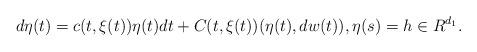
LaTeX: \begin{align*}d\eta(t)= c(t,\xi(t))\eta(t)dt+ C(t,\xi(t))(\eta(t), dw(t)) ,\eta(s)=h\in R^{d_1}.\end{align*}